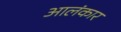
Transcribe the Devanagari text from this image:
आलंकार